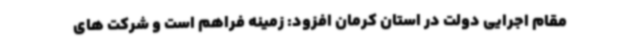
مقام اجرایی دولت در استان کرمان افزود: زمینه فراهم است و شرکت های